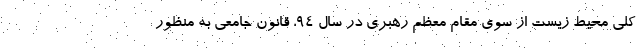
کلی محیط زیست از سوی مقام معظم رهبری در سال ۹۴، قانون جامعی به منظور